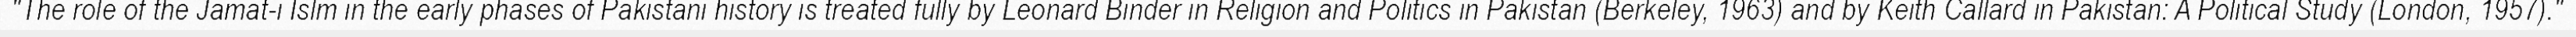
"The role of the Jamat-i Islm in the early phases of Pakistani history is treated fully by Leonard Binder in Religion and Politics in Pakistan (Berkeley, 1963) and by Keith Callard in Pakistan: A Political Study (London, 1957)."